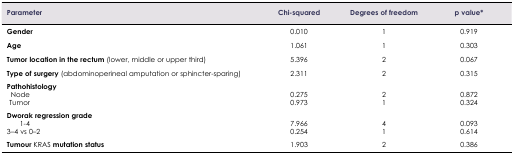
<table><thead><tr><td><b>Parameter</b></td><td><b>Chi-squared</b></td><td><b>Degrees of freedom</b></td><td><b>p value*</b></td></tr></thead><tbody><tr><td><b>Gender</b></td><td>0.010</td><td>1</td><td>0.919</td></tr><tr><td><b>Age</b></td><td>1.061</td><td>1</td><td>0.303</td></tr><tr><td><b>Tumor location in the rectum</b> (lower, middle or upper third)</td><td>5.396</td><td>2</td><td>0.067</td></tr><tr><td><b>Type of surgery</b> (abdominoperineal amputation or sphincter-sparing)</td><td>2.311</td><td>2</td><td>0.315</td></tr><tr><td><b>Pathohistology</b></td><td></td><td></td><td></td></tr><tr><td>Node</td><td>0.275</td><td>2</td><td>0.872</td></tr><tr><td>Tumor</td><td>0.973</td><td>1</td><td>0.324</td></tr><tr><td><b>Dworak regression grade</b></td><td></td><td></td><td></td></tr><tr><td>1–4</td><td>7.966</td><td>4</td><td>0.093</td></tr><tr><td>3–4 vs 0–2</td><td>0.254</td><td>1</td><td>0.614</td></tr><tr><td><b>Tumour</b> KRAS <b>mutation status</b></td><td>1.903</td><td>2</td><td>0.386</td></tr></tbody></table>